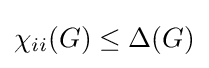
\chi _{ii}(G)\leq \Delta (G)